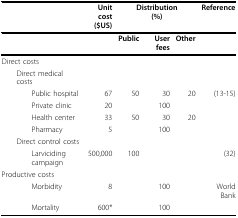
<table><thead><tr><td></td><td><b>Unit cost($US)</b></td><td colspan="3"><b>Distribution(%)</b></td><td><b>Reference</b></td></tr></thead><tbody><tr><td></td><td></td><td><b>Public</b></td><td><b>User fees</b></td><td><b>Other</b></td><td></td></tr><tr><td>Direct costs</td><td></td><td></td><td></td><td></td><td></td></tr><tr><td> Direct medical costs</td><td></td><td></td><td></td><td></td><td></td></tr><tr><td>Public hospital</td><td>67</td><td>50</td><td>30</td><td>20</td><td>(13-15)</td></tr><tr><td>Private clinic</td><td>20</td><td></td><td>100</td><td></td><td></td></tr><tr><td>Health center</td><td>33</td><td>50</td><td>30</td><td>20</td><td></td></tr><tr><td>Pharmacy</td><td>5</td><td></td><td>100</td><td></td><td></td></tr><tr><td> Direct control costs</td><td></td><td></td><td></td><td></td><td></td></tr><tr><td>Larviciding campaign</td><td>500,000</td><td>100</td><td></td><td></td><td>(32)</td></tr><tr><td>Productive costs</td><td></td><td></td><td></td><td></td><td></td></tr><tr><td>Morbidity</td><td>8</td><td></td><td>100</td><td></td><td>World Bank</td></tr><tr><td>Mortality</td><td>600*</td><td></td><td>100</td><td></td><td></td></tr></tbody></table>